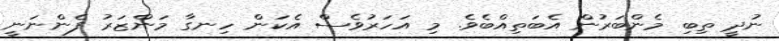
ނުދީ ތިބި މެންބަރުން އެބަތިއްބެވެ. މި އަހަރުވެސް އެކަން ހިނގާ މަންޒަރު ފެންނަނީ